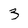
Character: 3